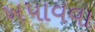
ખપાવવા